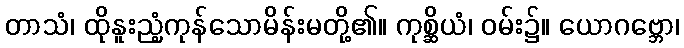
တာသံ၊ ထိုနူးညံ့ကုန်သောမိန်းမတို့၏။ ကုစ္ဆိယံ၊ ဝမ်း၌။ ယောဂဗ္ဘော၊